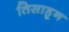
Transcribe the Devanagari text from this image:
तिसाहून